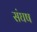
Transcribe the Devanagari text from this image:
संघष